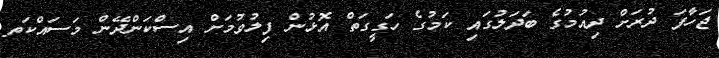
ޖަހާފަ ދުރަށް ދިއުމުގެ ބަދަލުގައި ކަމުގެ ހަގީގަތް އޮޅުން ފިލުވުމަށް އިސްކަންދޭން މަސައްކަތ